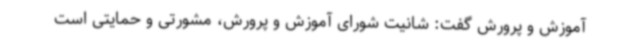
آموزش و پرورش گفت: شانیت شورای آموزش و پرورش، مشورتی و حمایتی است